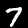
Digit: 7